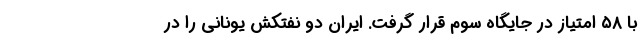
با ۵۸ امتیاز در جایگاه سوم قرار گرفت. ایران دو نفتکش یونانی را در